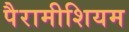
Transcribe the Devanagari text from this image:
पैरामीशियम